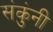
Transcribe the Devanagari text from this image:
संकुंनी